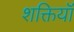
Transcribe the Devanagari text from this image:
शक्तियॉं